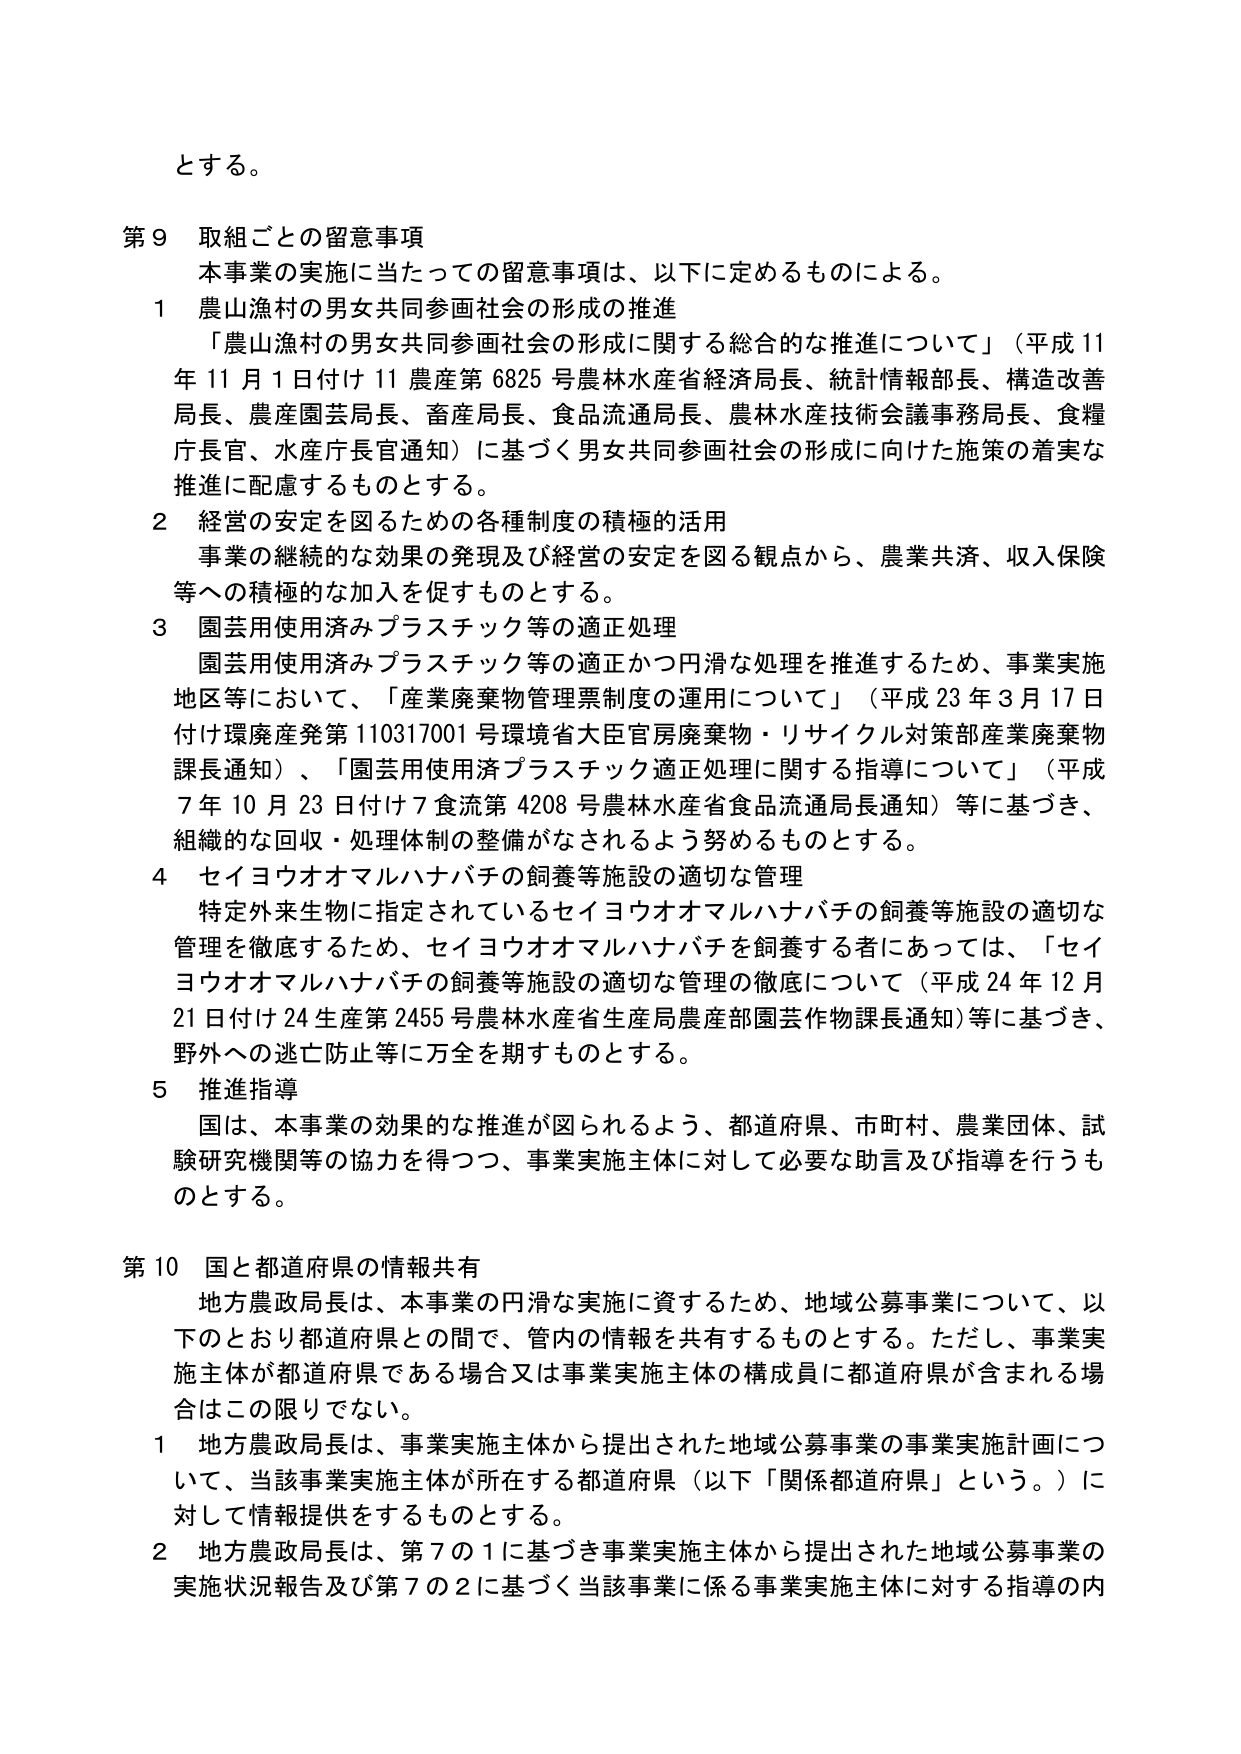
とする。

第９ 取組ごとの留意事項
本事業の実施に当たっての留意事項は、以下に定めるものによる。
１ 農山漁村の男女共同参画社会の形成の推進
「農山漁村の男女共同参画社会の形成に関する総合的な推進について」（平成11年11月1日付け11農産第6825号農林水産省経済局長、統計情報部長、構造改善局長、農産園芸局長、畜産局長、食品流通局長、農林水産技術会議事務局長、食糧庁長官、水産庁長官通知）に基づく男女共同参画社会の形成に向けた施策の着実な推進に配慮するものとする。
２ 経営の安定を図るための各種制度の積極的活用
事業の継続的な効果の発現及び経営の安定を図る観点から、農業共済、収入保険等への積極的な加入を促すものとする。
３ 園芸使用済みプラスチック等の適正処理
園芸使用済みプラスチック等の適正かつ円滑な処理を推進するため、事業実施地区等において、「産業廃棄物管理票制度の運用について」（平成23年3月17日付け環廃産発第110317001号環境省大臣官房廃棄物・リサイクル対策部産業廃棄物課長通知）、「園芸使用済プラスチック適正処理に関する指導について」（平成7年10月23日付け7食流第4208号農林水産省食品流通局長通知）等に基づき、組織的な回収・処理体制の整備がなされるよう努めるものとする。
４ セイヨウオオマルハナバチの飼養等施設の適切な管理
特定外来生物に指定されているセイヨウオオマルハナバチの飼養等施設の適切な管理を徹底するため、セイヨウオオマルハナバチを飼養する者にあっては、「セイヨウオオマルハナバチの飼養等施設の適切な管理の徹底について（平成24年12月21日付け24生産第2455号農林水産省生産局農産部園芸作物課長通知）等に基づき、野外への逃亡防止等に万全を期すものとする。
５ 推進指導
国は、本事業の効果的な推進が図られるよう、都道府県、市町村、農業団体、試験研究機関等の協力を得つつ、事業実施主体に対して必要な助言及び指導を行うものとする。

第10 国と都道府県の情報共有
地方農政局長は、本事業の円滑な実施に資するため、地域公募事業について、以下のとおり都道府県との間で、管内の情報を共有するものとする。ただし、事業実施主体が都道府県である場合又は事業実施主体の構成員に都道府県が含まれる場合はこの限りでない。
１ 地方農政局長は、事業実施主体から提出された地域公募事業の事業実施計画について、当該事業実施主体が所在する都道府県（以下「関係都道府県」という。）に対して情報提供をするものとする。
２ 地方農政局長は、第7の1に基づき事業実施主体から提出された地域公募事業の実施状況報告及び第7の2に基づく当該事業に係る事業実施主体に対する指導の内